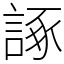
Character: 諑